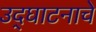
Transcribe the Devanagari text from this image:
उद्‌घाटनाचे